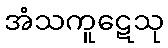
အံသကူဋေသု